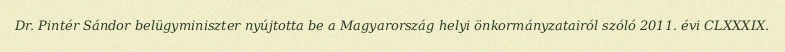
Dr. Pintér Sándor belügyminiszter nyújtotta be a Magyarország helyi önkormányzatairól szóló 2011. évi CLXXXIX.